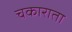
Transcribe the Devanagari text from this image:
चकाराता